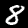
Digit: 8